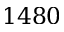
1 4 8 0